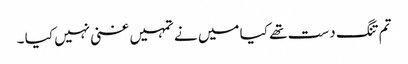
تم تنگ دست تھے کیا میں نے تمہیں غنی نہیں کیا ۔